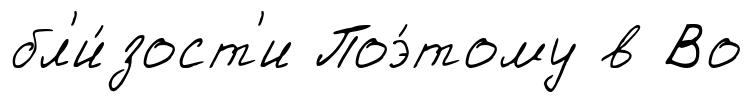
бл'и́зост'и Поэ́тому в Во